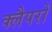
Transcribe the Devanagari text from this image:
क्लैपरों